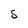
Character: S